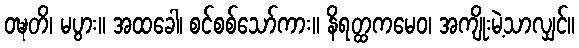
ဝဍ္ဎတိ၊ မပွား။ အထခေါ၊ စင်စစ်သော်ကား။ နိရတ္ထကမေဝ၊ အကျိုးမဲ့သာလျှင်။